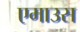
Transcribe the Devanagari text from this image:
एमाउस